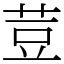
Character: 荳